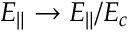
E _ { \Vert } \to E _ { \Vert } / E _ { c }